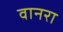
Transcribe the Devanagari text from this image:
वानरा